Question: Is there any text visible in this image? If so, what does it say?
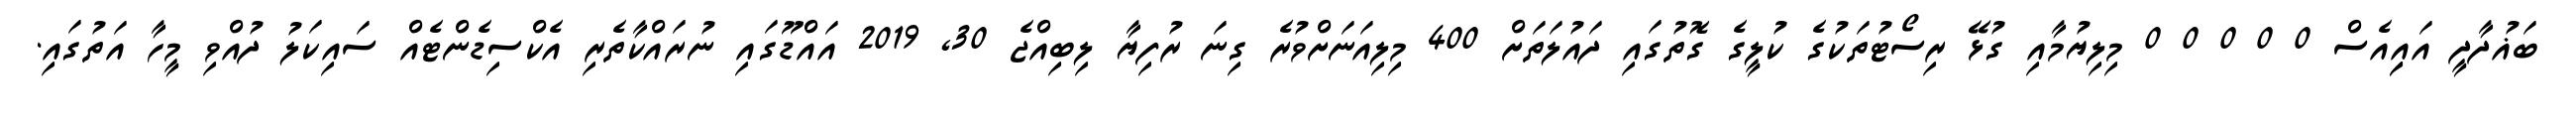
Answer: ބަޣުދާދީ އައިިއެސް 0 0 0 0 0 މިލިޔުމާއި ގުޅޭ ރިސޯޓުތަކުގެ ކުލީގެ ގޮތުގައި ދައުލަތަށް 400 މިލިއަނަށްވުރެ ގިނަ ރުފިޔާ ލިބިއްޖެ 30, 2019 އައްޑޫގައި ނުރައްކާތެރި އެކްސިޑެންޓެއް ސައިކަލު ދުއްވި މީހާ އަތުގައި.